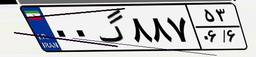
۰۵گ۳۵۸۰۰